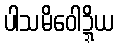
ပါသမိဝေါဍ္ဍိယ